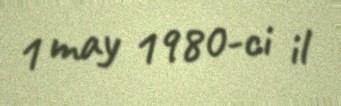
1 may 1980-ci il